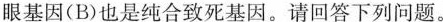
眼基因(B)也是纯合致死基因。请回答下列问题。